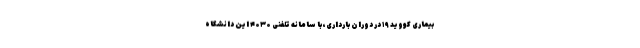
بیماری کووید ۱۹ در دوران بارداری، با سامانه تلفنی ۴۰۳۰ این دانشگاه